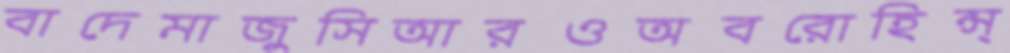
বাদেমাজুসিআরওঅবরোহিন্স্